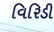
વિરિડી